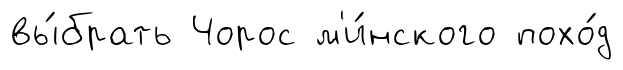
вы́брать Чорос м'и́нского похо́д